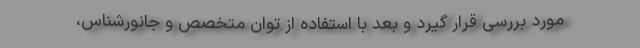
مورد بررسی قرار گیرد و بعد با استفاده از توان متخصص و جانورشناس،